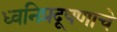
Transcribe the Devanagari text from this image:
ध्वनिप्रदूषणाचे